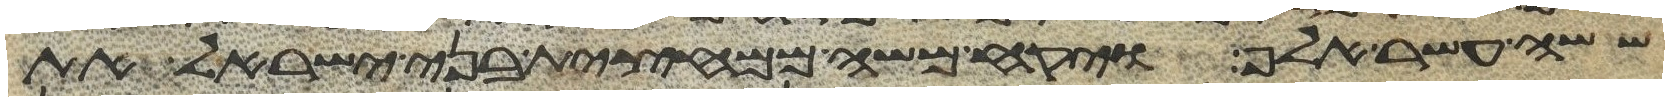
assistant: ששה עשר אלף ויקח משה ממחצית בני ישראל את